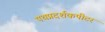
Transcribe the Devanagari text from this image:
पथप्रदर्शकपीटर